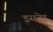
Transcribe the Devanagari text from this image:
इसनेह